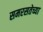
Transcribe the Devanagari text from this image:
समरसतेच्या